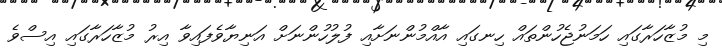
މި މުޒާހަރާގައި ހަމަނުޖެހުންތައް ހިނގައި އާއްމުންނަށާއި ފުލުހުންނަށް އަނިޔާވެފައިވާ އިރު މުޒާހަރާގައި އިސްވެ